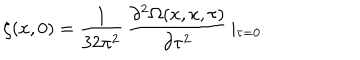
\zeta ( x , 0 ) = \frac { 1 } { 3 2 \pi ^ { 2 } } \, \frac { \partial ^ { 2 } \Omega ( x , x , \tau ) } { \partial \tau ^ { 2 } } \, \vert _ { \tau = 0 }